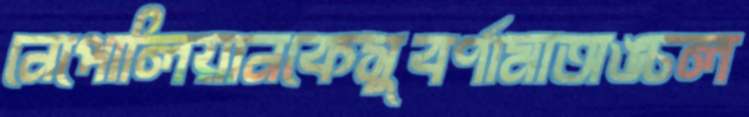
নেপোলিয়ানকেসুবর্ণামাঅঙ্চল